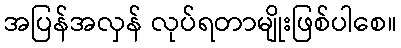
အပြန်အလှန် လုပ်ရတာမျိုးဖြစ်ပါစေ။